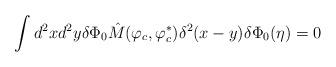
LaTeX: \begin{align*}\int d^2xd^2y \delta\Phi_0 \hat{M}(\varphi_c, \varphi_c^\ast)\delta^2(x-y)\delta\Phi_0(\eta) = 0\end{align*}